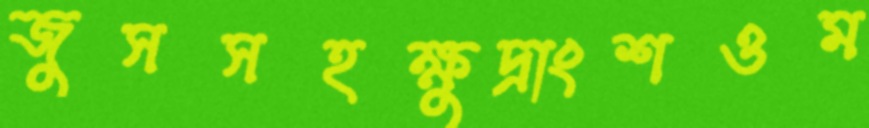
জুসসহক্ষুদ্রাংশওম